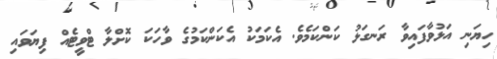
ހިޔަނި އަޅުވާފައިވާ ރަނގަޅު ކަންކަމެވެ. އެކަމަކު އެކަންކަމުގެ ވާހަކަ ކޮށްލާ ޓްވީޓެއް ފިޔަވައި